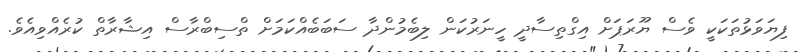
ފިޔަވަޅުތަކަކީ ވެސް ޔޫރަޕަށް އިގްތިސާދީ ހީނަރުކަން ލިބެމުންދާ ސަބަބެއްކަމަށް ތްސިބްރާސް އިޝާރާތް ކުރެއްވިއެވެ.